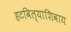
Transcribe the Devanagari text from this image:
हटविल्याशिवाय